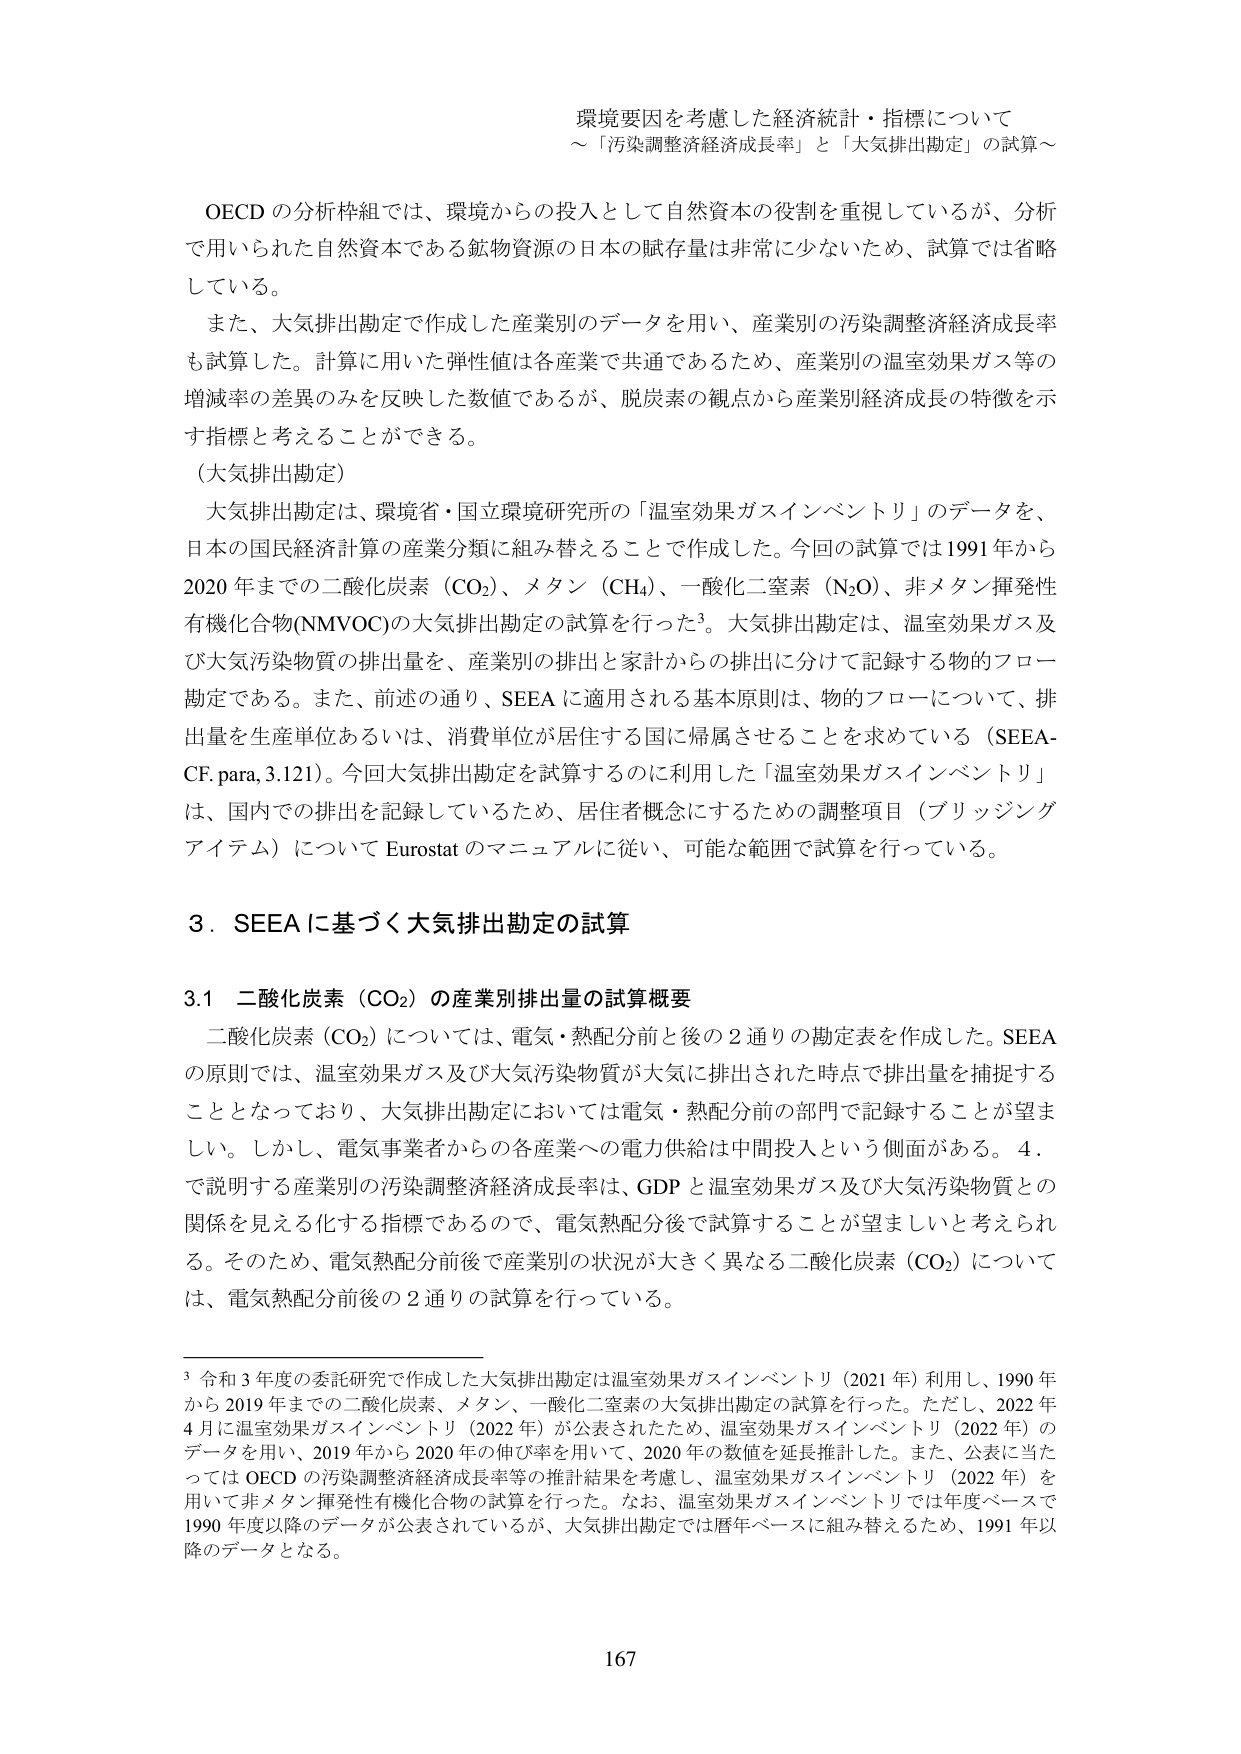
環境要因を考慮した経済統計・指標について
～「汚染調整経済成長率」と「大気排出勘定」の試算～

OECD の分析枠組では、環境からの投入として自然資本の役割を重視しているが、分析で用いられた自然資本である鉱物資源の日本の賦存量は非常に少ないため、試算では省略している。

また、大気排出勘定で作成した産業別のデータを用い、産業別の汚染調整経済成長率も試算した。計算に用いた弾性値は各産業で共通であるため、産業別の温室効果ガス等の増減率の差異のみを反映した数値であるが、脱炭素の観点から産業別経済成長の特徴を示す指標と考えることができる。

（大気排出勘定）

大気排出勘定は、環境省・国立環境研究所の「温室効果ガスインベントリ」のデータを、日本の国民経済計算の産業分類に組み替えることで作成した。今回の試算では1991年から2020年までの二酸化炭素（CO₂）、メタン（CH₄）、一酸化二窒素（N₂O）、非メタン揮発性有機化合物(NMVOC)の大気排出勘定の試算を行った³。大気排出勘定は、温室効果ガス及び大気汚染物質の排出量を、産業別の排出と家計からの排出に分けて記録する物的フロー勘定である。また、前述の通り、SEEAに適用される基本原則は、物的フローについて、排出量を生産単位あるいは、消費単位が居住する国に帰属させることを求めている（SEEA-CF, para, 3.121）。今回大気排出勘定を試算するのに利用した「温室効果ガスインベントリ」は、国内での排出を記録しているため、居住者概念にするための調整項目（ブリッジングアイテム）について Eurostat のマニュアルに従い、可能な範囲で試算を行っている。

3．SEEAに基づく大気排出勘定の試算

3.1 二酸化炭素（CO₂）の産業別排出量の試算概要

二酸化炭素（CO₂）については、電気・熱配分前と後の2通りの勘定表を作成した。SEEAの原則では、温室効果ガス及び大気汚染物質が大気に排出された時点で排出量を捕捉することとなっており、大気排出勘定においては電気・熱配分前の部門で記録することが望ましい。しかし、電気事業者からの各産業への電力供給は中間投入という側面がある。4．で説明する産業別の汚染調整経済成長率は、GDPと温室効果ガス及び大気汚染物質との関係を見える化する指標であるので、電気熱配分後で試算することが望ましいと考えられる。そのため、電気熱配分前後で産業別の状況が大きく異なる二酸化炭素（CO₂）については、電気熱配分前後の2通りの試算を行っている。

³ 令和3年度の委託研究で作成した大気排出勘定は温室効果ガスインベントリ（2021年）利用し、1990年から2019年までの二酸化炭素、メタン、一酸化二窒素の大気排出勘定の試算を行った。ただし、2022年4月に温室効果ガスインベントリ（2022年）が公表されたため、温室効果ガスインベントリ（2022年）のデータを用い、2019年から2020年の伸び率を用いて、2020年の数値を延長推計した。また、公表に当たってはOECDの汚染調整経済成長率等の推計結果を考慮し、温室効果ガスインベントリ（2022年）を用いて非メタン揮発性有機化合物の試算を行った。なお、温室効果ガスインベントリでは年度ベースで1990年度以降のデータが公表されているが、大気排出勘定では暦年ベースに組み替えるため、1991年以降のデータとなる。

167